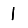
Digit: 1